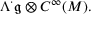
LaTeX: \Lambda ^ { \cdot } { \mathfrak { g } } \otimes C ^ { \infty } ( M ) .